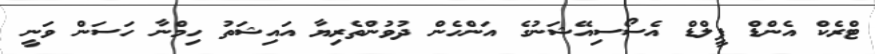
ޓްރެކް އެންޑް ފީލްޑް އެސޯސިއޭޝަނުގެ އަންހެން ދުވުންތެރިޔާ އައިޝަތު ހިމްނާ ހަސަން ވަނީ